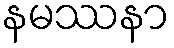
နမဿနာ